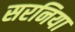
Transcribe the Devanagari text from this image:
सरनिया